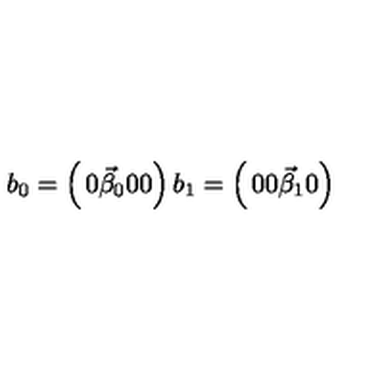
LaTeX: b _ { 0 } = \left( \begin{matrix} { 0 } \\ { \vec { \beta } _ { 0 } } \\ { 0 } \\ { 0 } \\ \end{matrix} \right) b _ { 1 } = \left( \begin{matrix} { 0 } \\ { 0 } \\ { \vec { \beta } _ { 1 } } \\ { 0 } \\ \end{matrix} \right)